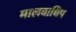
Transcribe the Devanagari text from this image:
मालवाधिप